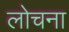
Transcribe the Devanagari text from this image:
लोचना